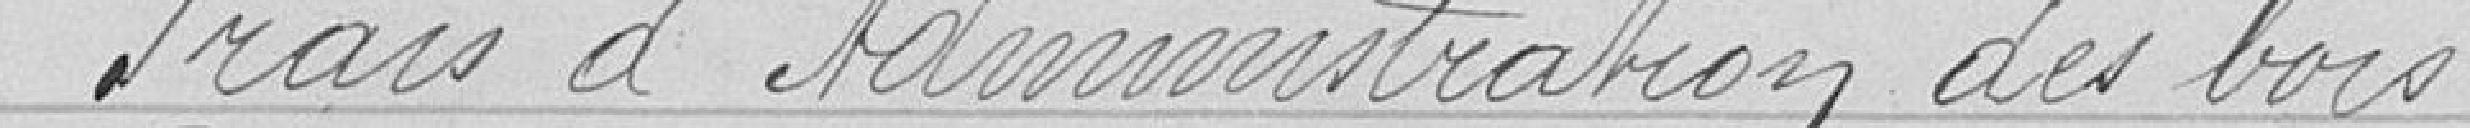
Frais d'administration des bois